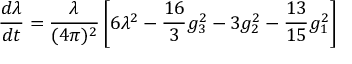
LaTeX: \frac { d \lambda } { d t } = \frac { \lambda } { ( 4 \pi ) ^ { 2 } } \left[ 6 \lambda ^ { 2 } - \frac { 1 6 } { 3 } g _ { 3 } ^ { 2 } - 3 g _ { 2 } ^ { 2 } - \frac { 1 3 } { 1 5 } g _ { 1 } ^ { 2 } \right]